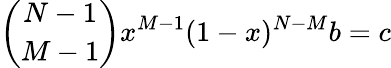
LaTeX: \binom{N-1}{M-1}x^{M-1}(1-x)^{N-M}b=c